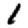
Digit: 1